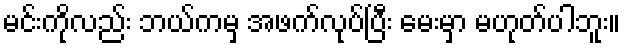
မင်းကိုလည်း ဘယ်ကမှ အဖက်လုပ်ပြီး မေးမှာ မဟုတ်ပါဘူး။